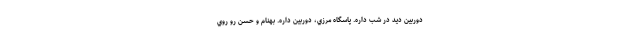
دوربين ديد در شب داره. پاسگاه مرزي، دوربين داره. بهنام و حسن رو روي